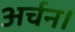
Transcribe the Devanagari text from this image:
अर्चन।